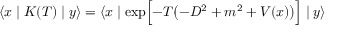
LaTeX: \langle x \mid K ( T ) \mid y \rangle = \langle x \mid \exp \Bigl [ - T \bigl ( - D ^ { 2 } + m ^ { 2 } + V ( x ) \bigr ) \Bigr ] \mid y \rangle